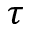
\tau